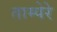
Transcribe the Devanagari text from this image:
ताम्पेरे